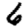
Digit: 6